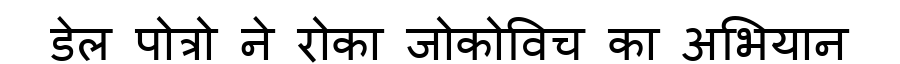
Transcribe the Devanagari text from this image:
डेल पोत्रो ने रोका जोकोविच का अभियान